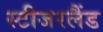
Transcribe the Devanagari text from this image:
स्टीजरलैंड